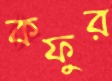
কফুর